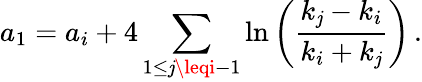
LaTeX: a_{1}=a_{i}+4\sum_{1\leq\mathit{j}\leqi-1}\ln\left(\frac{{k_{\mathit{j}}-k_{i}}}{{k_{i}+k_{\mathit{j}}}}\right)\, .